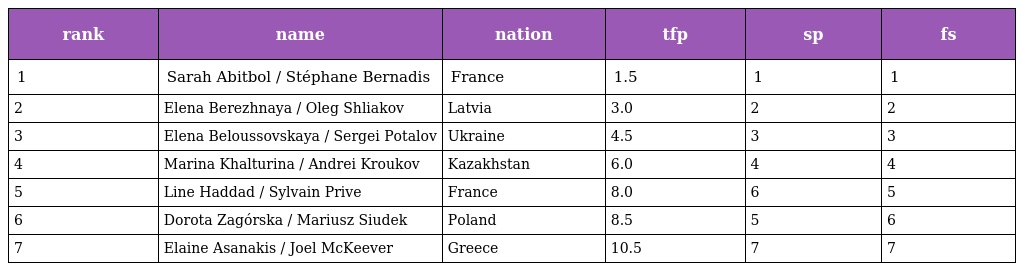
| rank | name | nation | tfp | sp | fs |
 | --- | --- | --- | --- | --- | --- |
 | 1 | Sarah Abitbol / Stéphane Bernadis | France | 1.5 | 1 | 1 |
 | 2 | Elena Berezhnaya / Oleg Shliakov | Latvia | 3.0 | 2 | 2 |
 | 3 | Elena Beloussovskaya / Sergei Potalov | Ukraine | 4.5 | 3 | 3 |
 | 4 | Marina Khalturina / Andrei Kroukov | Kazakhstan | 6.0 | 4 | 4 |
 | 5 | Line Haddad / Sylvain Prive | France | 8.0 | 6 | 5 |
 | 6 | Dorota Zagórska / Mariusz Siudek | Poland | 8.5 | 5 | 6 |
 | 7 | Elaine Asanakis / Joel McKeever | Greece | 10.5 | 7 | 7 |